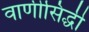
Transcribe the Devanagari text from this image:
वाणीसिद्धी